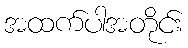
အထက်ပါအတိုင်း